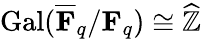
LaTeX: \operatorname{Gal}({\overline{{\mathbf{F}}}}_{q}/\mathbf{F}_{q})\cong{\widehat{\mathbb{Z}}}